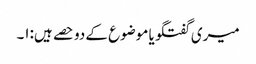
میری گفتگو یا موضوع کے دو حصے ہیں:۱۔